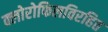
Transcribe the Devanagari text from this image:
क्लोरोफिलविरहित